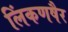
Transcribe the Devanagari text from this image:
लिंकणषैर